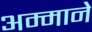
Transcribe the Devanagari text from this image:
अम्माने